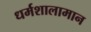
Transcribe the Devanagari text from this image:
धर्मशालामान